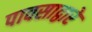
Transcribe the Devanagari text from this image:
पावसाद्वारे